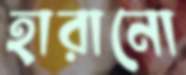
হারানো